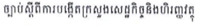
ច្បាប់ស្តីពីការបង្កើតក្រសួងសេដ្ឋកិច្ចនិងហិរញ្ញវត្ថុ